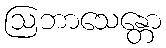
ဩဘာသေန္တော